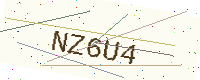
Text: NZ6U4